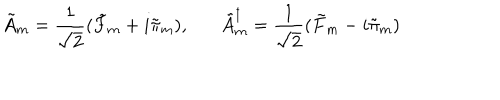
\tilde { A } _ { m } = \frac { 1 } { \sqrt 2 } ( \tilde { F } _ { m } + i \tilde { \pi } _ { m } ) , \tilde { A } _ { m } ^ { \dagger } = \frac { 1 } { \sqrt 2 } ( \tilde { F } _ { m } - i \tilde { \pi } _ { m } )